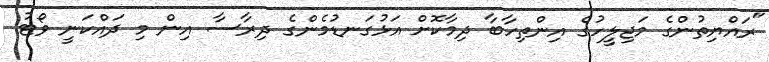
"ރައްޔިތުންގެ މަޖިލީހުގެ އިންތިހާބާ ދިމާކޮށް އަޅުގަނޑުމެންގެ ދިރާސާ އިން މި ދައްކަނީ ވޯޓު